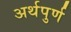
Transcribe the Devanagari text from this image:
अर्थपुर्ण